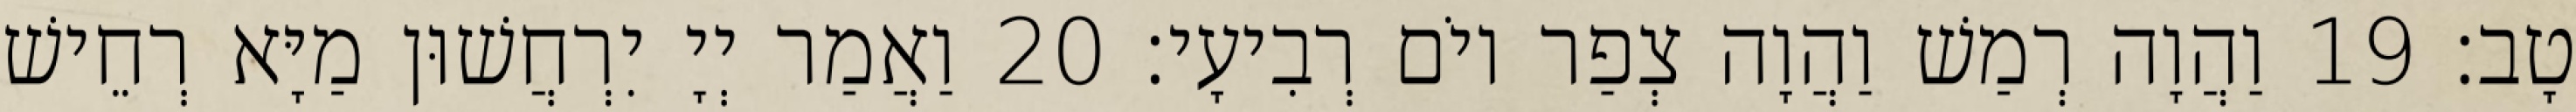
טָב׃ 19 וַהֲוָה רְמַשׁ וַהֲוָה צְפַר יוֹם רְבִיעָי׃ 20 וַאֲמַר יְיָ יִרְחֲשׁוּן מַיָּא רְחֵישׁ